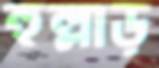
হুল্লাড়